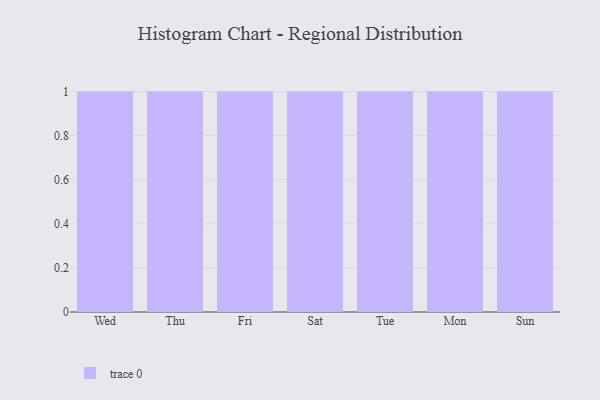
{"axis": {"x": "Day", "y": "Population (Million)"}, "legend": [""], "data": [{"x": "Wed", "y": 88, "type": ""}, {"x": "Thu", "y": 78, "type": ""}, {"x": "Fri", "y": 80, "type": ""}, {"x": "Sat", "y": 10, "type": ""}, {"x": "Tue", "y": 75, "type": ""}, {"x": "Mon", "y": 96, "type": ""}, {"x": "Sun", "y": 19, "type": ""}]}